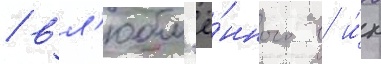
/ вл'юбл'ё́нного в и́х